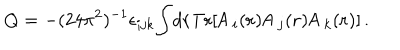
LaTeX: Q = - ( 2 4 { \pi } ^ { 2 } ) ^ { - 1 } { \epsilon } _ { i j k } { \int } d { \bf { r } } \mathrm { T r } [ { \sf A } \, _ { i } ( { \bf { r } } ) { \sf A } \, _ { j } ( { \bf { r } } ) { \sf A } \, _ { k } ( { \bf { r } } ) ] \, .